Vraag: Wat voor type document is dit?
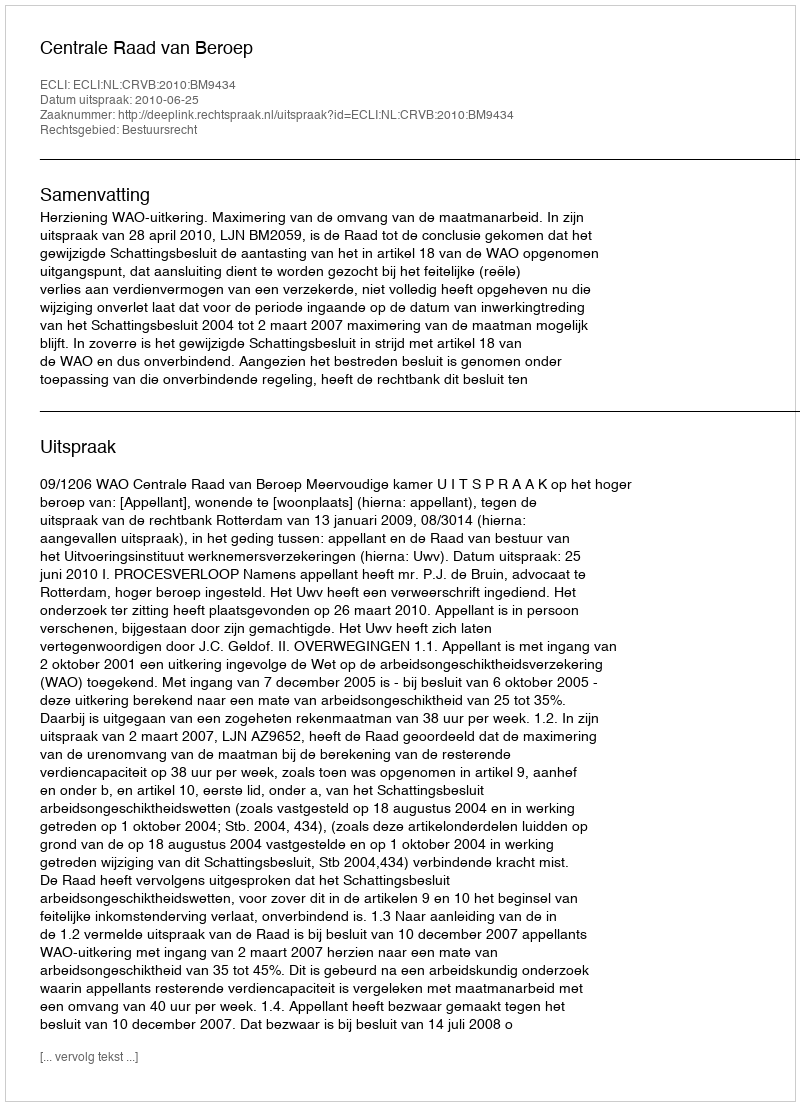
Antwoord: Uitspraak